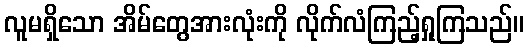
လူမရှိသော အိမ်တွေအားလုံးကို လိုက်လံကြည့်ရှုကြသည်။